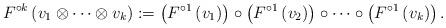
LaTeX: \begin{align*}F^{\circ k}\left( v_{1}\otimes \cdots \otimes v_{k}\right) :=\left( F^{\circ1}\left( v_{1}\right) \right) \circ \left( F^{\circ 1}\left( v_{2}\right)\right) \circ \cdots \circ \left( F^{\circ 1}\left( v_{k}\right) \right) .\end{align*}